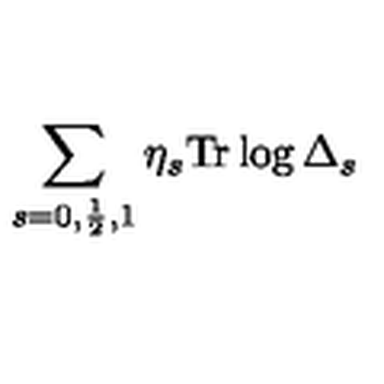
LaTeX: \sum _ { s = 0 , \frac { 1 } { 2 } , 1 } \eta _ { s } \mathrm { T r } \log \Delta _ { s }